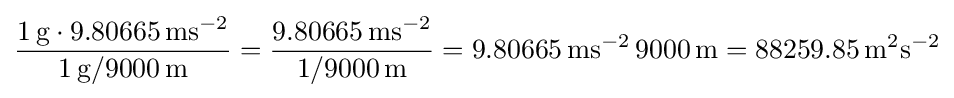
{\frac {1{\rm {\,g}}\cdot 9.80665{\rm {\,ms^{-2}}}}{1{\rm {\,g}}/9000{\rm {\,m}}}}={\frac {9.80665{\rm {\,ms^{-2}}}}{1/9000{\rm {\,m}}}}=9.80665{\rm {\,ms^{-2}}}\,9000{\rm {\,m}}=88259.85{\rm {\,m^{2}s^{-2}}}